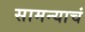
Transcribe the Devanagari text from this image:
सामन्याचं